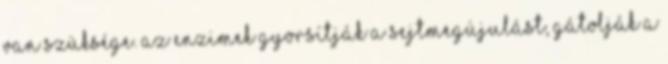
van szüksége. Az enzimek gyorsítják a sejtmegújulást, gátolják a